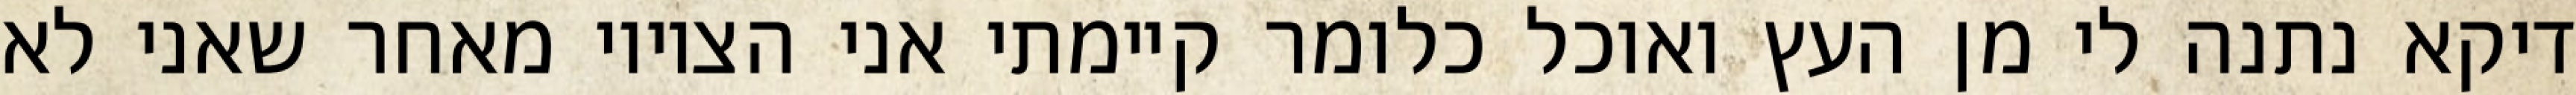
דיקא נתנה לי מן העץ ואוכל כלומר קיימתי אני הציווי מאחר שאני לא